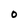
Character: O